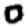
Digit: 0